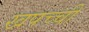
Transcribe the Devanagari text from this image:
खपच्ची